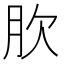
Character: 肷